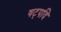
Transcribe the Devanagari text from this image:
षट्पदि